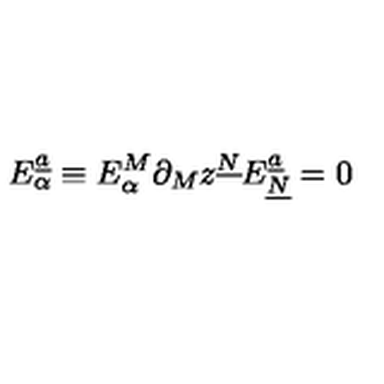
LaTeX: E _ { \alpha } ^ { \underline { { a } } } \equiv E _ { \alpha } ^ { M } \partial _ { M } z ^ { \underline { { N } } } E _ { \underline { { N } } } ^ { \underline { { a } } } = 0